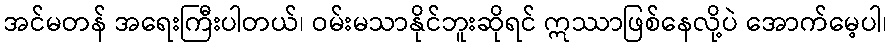
အင်မတန် အရေးကြီးပါတယ်၊ ဝမ်းမသာနိုင်ဘူးဆိုရင် ဣဿာဖြစ်နေလို့ပဲ အောက်မေ့ပါ၊